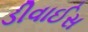
ડીવાઈસ